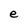
Character: e